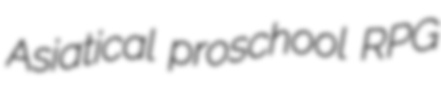
Asiatical proschool RPG